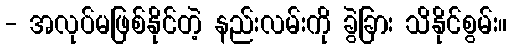
- အလုပ်မဖြစ်နိုင်တဲ့ နည်းလမ်းကို ခွဲခြား သိနိုင်စွမ်း။